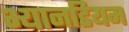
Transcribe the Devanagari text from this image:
भ्यानडियम